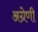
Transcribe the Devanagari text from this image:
अग्रेणी